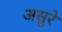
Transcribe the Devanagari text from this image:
असुरे